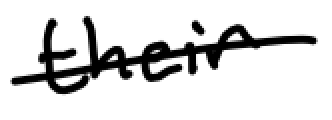
Text: their
Cross-out: single-line
Writing tool: digital_black